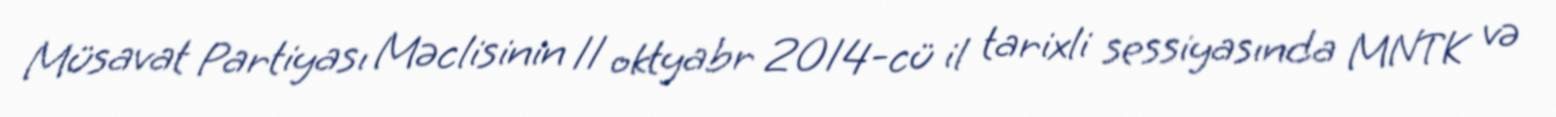
Müsavat Partiyası Məclisinin 11 oktyabr 2014-cü il tarixli sessiyasında MNTK və